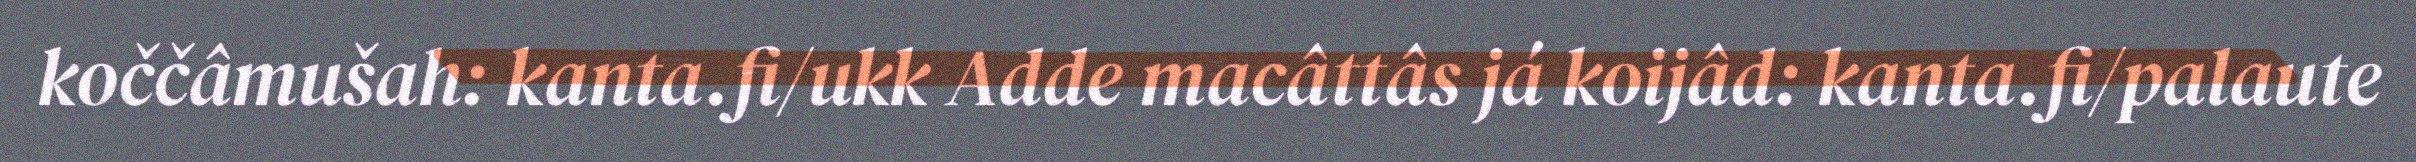
koččâmušah: kanta.fi/ukk Adde macâttâs já koijâd: kanta.fi/palaute